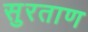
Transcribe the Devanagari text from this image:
सुरताण